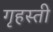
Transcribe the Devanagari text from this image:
गृहस्ती